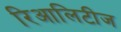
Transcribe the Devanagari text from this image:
रिआलिटीज